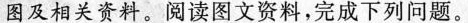
图及相关资料。阅读图文资料，完成下列问题。